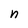
Character: n